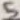
Text: 5